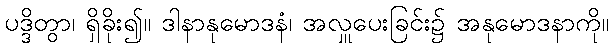
ပဒ္ဒိတွာ၊ ရှိခိုး၍။ ဒါနာနုမောဒနံ၊ အလှူပေးခြင်း၌ အနုမောဒနာကို။